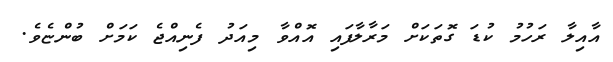
އާއިލާ ރަހުމު ކުޑަ ގޮތަކަށް މަރާލާފައި އޮއްވާ މިއަދު ފެނިއްޖެ ކަމަށް ބުންޏެވެ.